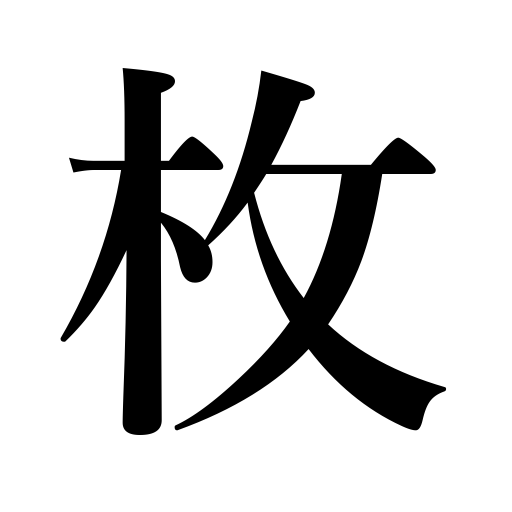
Meanings: page,leaf of a book,counter for thin flat things,sheet